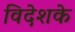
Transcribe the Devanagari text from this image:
विदेशके